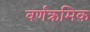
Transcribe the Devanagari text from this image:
वर्णक्रमिक